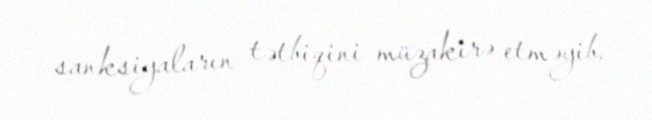
sanksiyaların tətbiqini müzakirə etməyib.